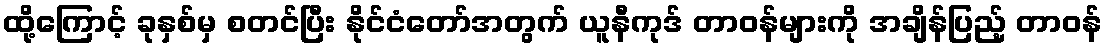
ထို့ကြောင့် ခုနှစ်မှ စတင်ပြီး နိုင်ငံတော်အတွက် ယူနီကုဒ် တာဝန်များကို အချိန်ပြည့် တာဝန်